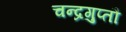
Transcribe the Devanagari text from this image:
चन्द्रगुप्तौ